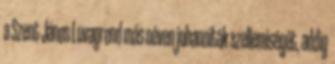
a Szent János Lovagrend más néven jo­hanniták szelle­miségét, addig